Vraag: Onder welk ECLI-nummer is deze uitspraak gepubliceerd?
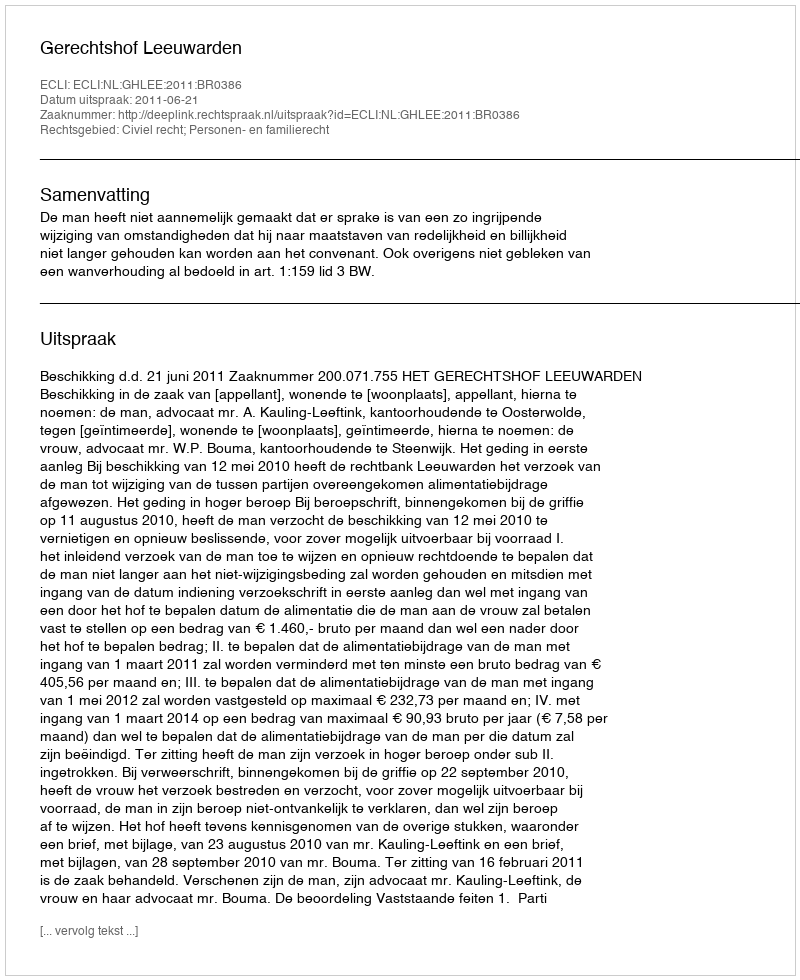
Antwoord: ECLI:NL:GHLEE:2011:BR0386